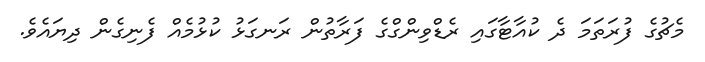
މެޗުގެ ފުރަތަމަ ދެ ކުއާޓާގައި ރެޑްވިންގްގެ ފަރާތުން ރަނގަޅު ކުޅުމެއް ފެނިގެން ދިޔައެވެ.